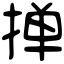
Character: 掸